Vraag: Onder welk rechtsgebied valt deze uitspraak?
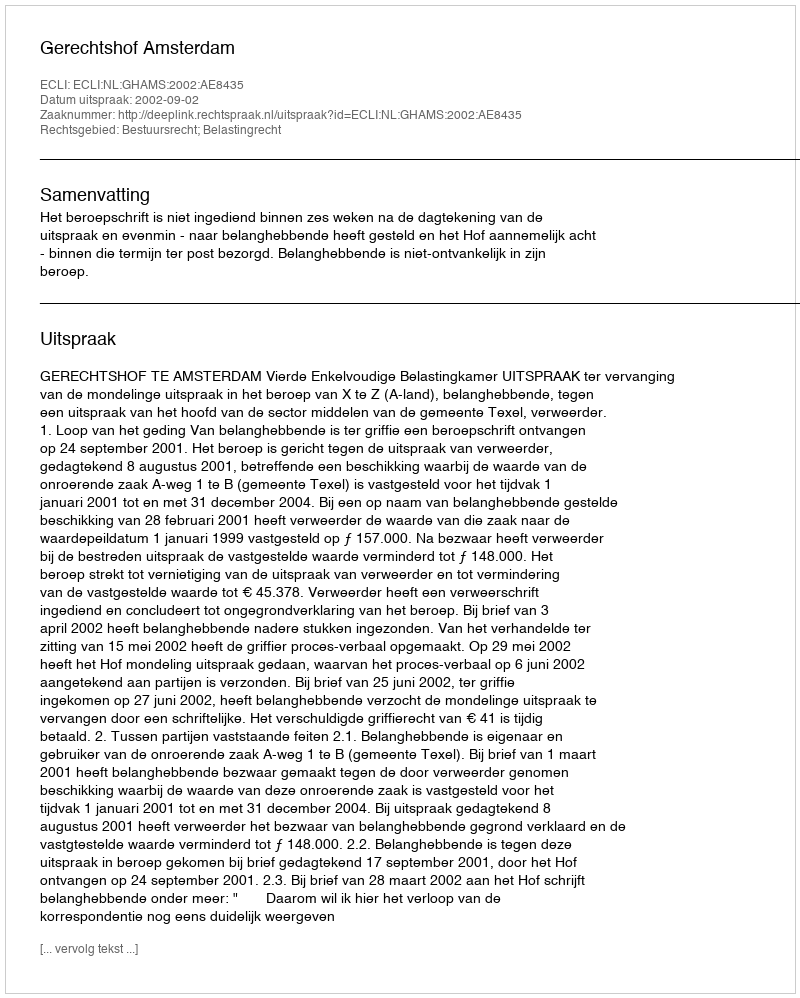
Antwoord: Bestuursrecht; Belastingrecht